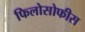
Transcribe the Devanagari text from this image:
फिलोसोफीस